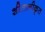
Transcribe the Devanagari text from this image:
शीतालीकृत